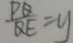
\frac { P Q } { Q E } = y